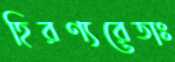
হিরণ্যরেতাঃ